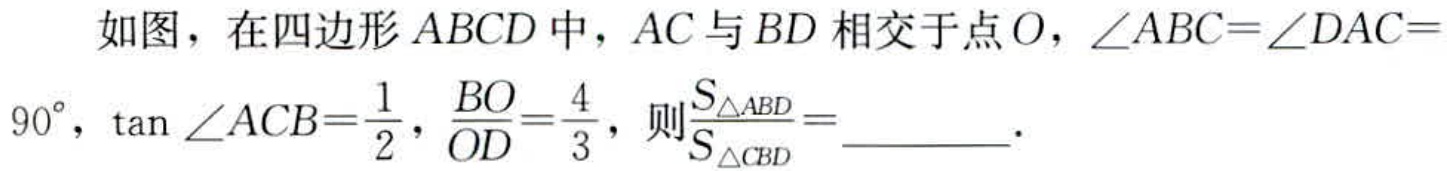
如图，在四边形\(ABCD\)中，\(AC\)与\(BD\)相交于点\(O\)，\(\angle ABC = \angle DAC = 90^{\circ}\)，\(\tan\angle ACB=\frac{1}{2}\)，\(\frac{BO}{OD}=\frac{4}{3}\)，则\(\frac{S_{\triangle ABD}}{S_{\triangle CBD}}=\)  ．